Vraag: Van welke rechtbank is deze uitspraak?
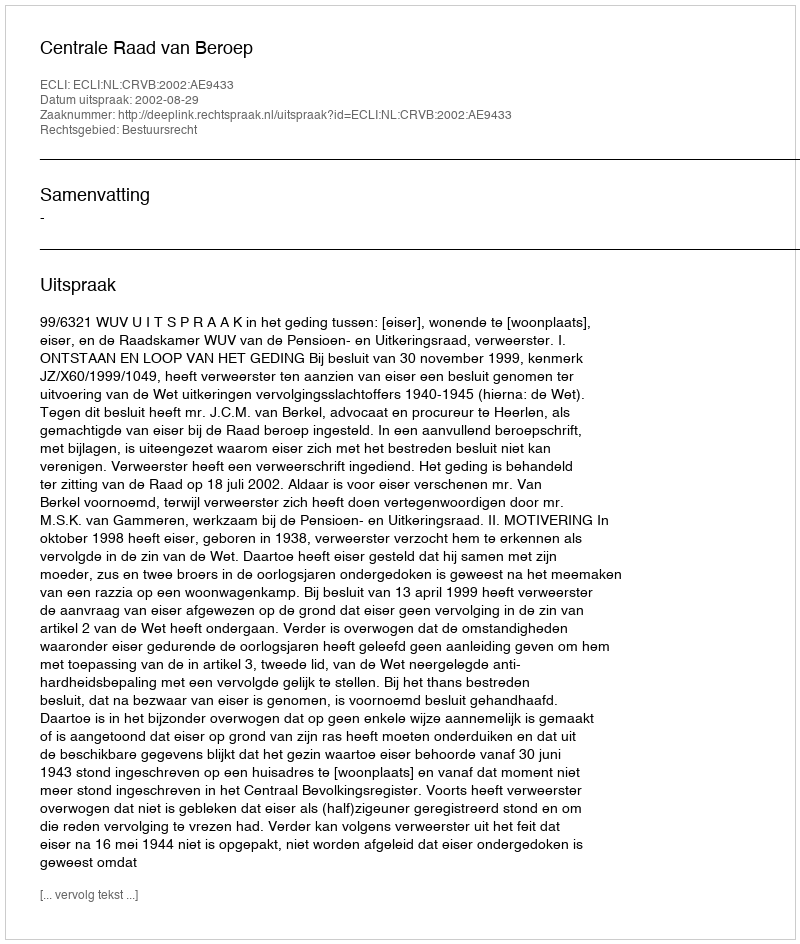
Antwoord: Centrale Raad van Beroep